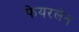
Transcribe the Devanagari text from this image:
फेयरलेन